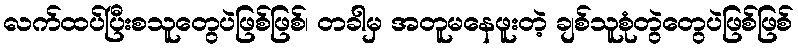
လက်ထပ်ပြီးစသူတွေပဲဖြစ်ဖြစ်၊ တခါမှ အတူမနေဖူးတဲ့ ချစ်သူစုံတွဲတွေပဲဖြစ်ဖြစ်